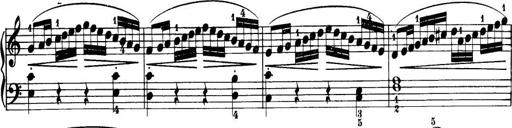
Title: 32 Sonatinas and Rondos for the Piano
Composer: Richard Kleinmichel